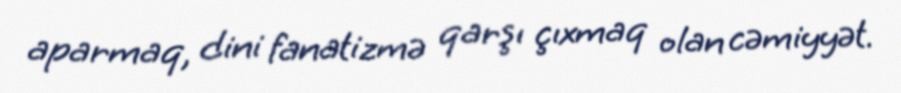
aparmaq, dini fanatizmə qarşı çıxmaq olan cəmiyyət.